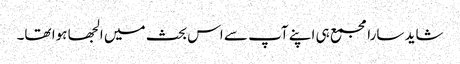
شاید سارا مجمع ہی اپنے آپ سے اس بحث میں الجھا ہوا تھا۔